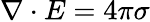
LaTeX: \nabla\cdot E=4\pi\sigma